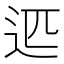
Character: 𰺴